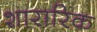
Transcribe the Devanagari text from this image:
शारारिक